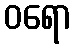
ဝရော